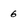
Character: 6